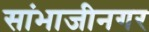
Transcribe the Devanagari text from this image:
सांभाजीनगर